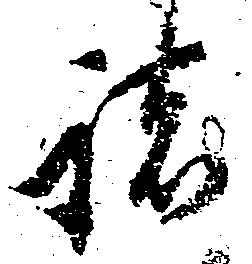
諸